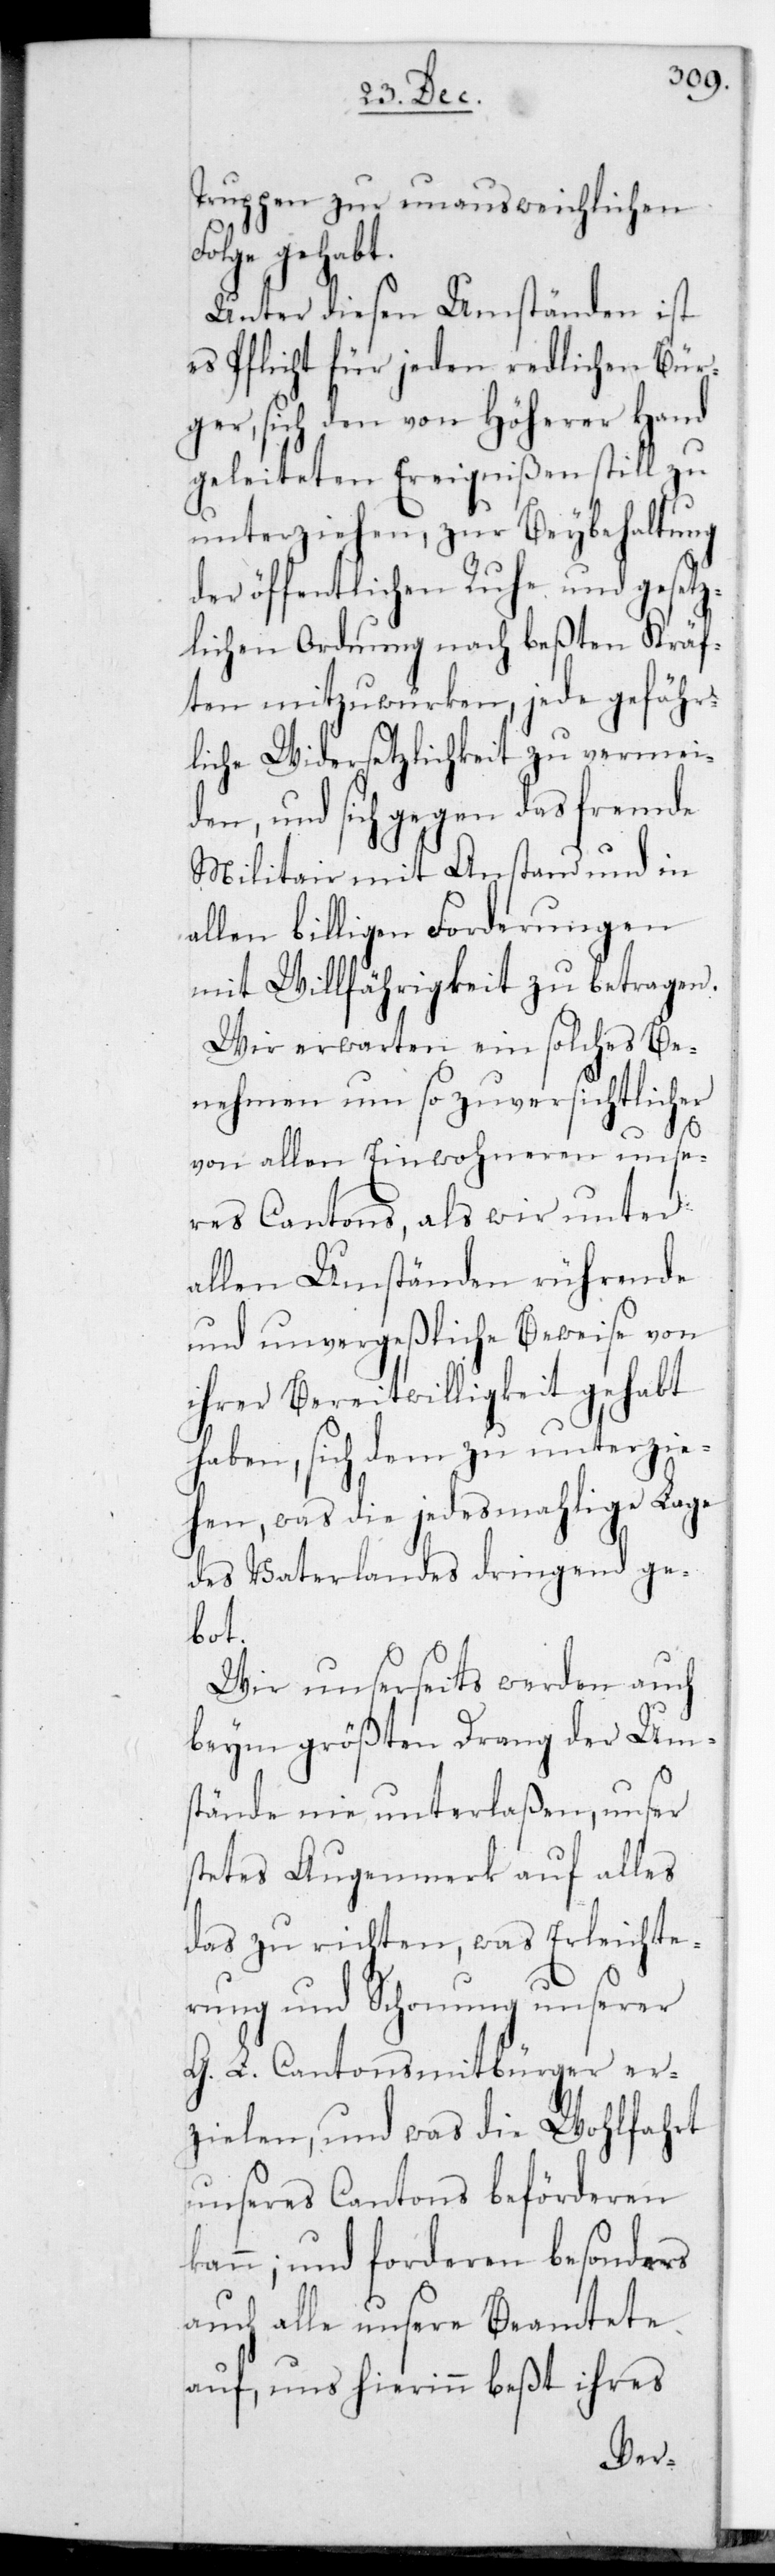
Truppen zur unausweichlichen
e gehabt.
Unter diesen Umständen ist
es Pflicht für jeden redlichen Bür¬
ger, sich den von höherer Hand
geleiteten Ereignißen still zu
unterziehen, zur Beybehaltung
der öffentlichen Ruhe und gesetz¬
lichen Ordnung nach besten Kräf¬
ten mitzuwürken, jede gefähr¬
liche Widersetzlichkeit zu vermei¬
den, und sich gegen das fremde
Militair mit Anstand und in
allen billigen Forderungen
mit Willfährigkeit zu betragen.
Wir erwarten ein solches Be¬
nehmen um so zuversichtlicher
von allen Einwohneren unse¬
res Cantons, als wir unter
allen Umständen rührende
und unvergeßliche Beweise von
ihrer Bereitwilligkeit gehabt
haben, sich dem zu unterzie¬
hen, was die jedesmalige Lage
des Vaterlandes dringend ge¬
bot.
Wir unserseits werden auch
beym größten Drang der Um¬
stände nie unterlaßen, unser
stetes Augenmerk auf alles
das zu richten, was Erleichte¬
rung und Schonung unserer
G. L. Cantonsmitbürger er¬
zielen, und was die Wohlfahrt
unseres Cantons beförderen
kann; und forderen besonders
auch alle unsere Beamtete
auf, uns hierin beßt ihres